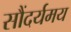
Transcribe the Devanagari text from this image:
सौंदर्यमय